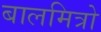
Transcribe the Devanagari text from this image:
बालमित्रो